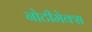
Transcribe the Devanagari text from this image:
नोटीमेक्स